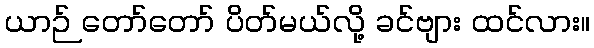
ယာဉ် တော်တော် ပိတ်မယ်လို့ ခင်ဗျား ထင်လား။